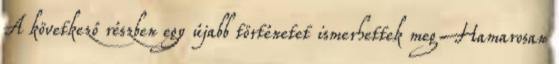
A következő részben egy újabb történetet ismerhettek meg Hamarosan